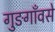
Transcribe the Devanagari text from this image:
गुङगाँवसे